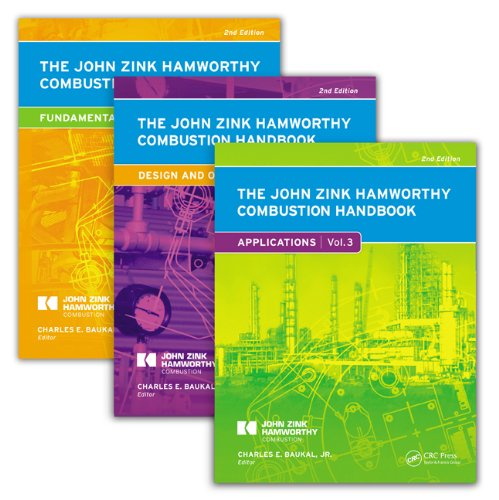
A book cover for The John Zink Hamworthy Combustion Handbook, Second Edition: Three-Volume Set (Industrial Combustion); Engineering & Transportation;